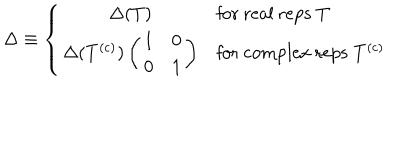
\Delta \equiv \left\{ \begin{array} { c l } { { \Delta ( T ) } } & { { \mathrm { f o r ~ r e a l ~ r e p s } \; T } } \\ { { \Delta ( T ^ { \mathrm { ( c ) } } ) \left( \begin{array} { c c } { { 1 } } & { { 0 } } \\ { { 0 } } & { { 1 } } \\ \end{array} \right) } } & { { \mathrm { f o r ~ c o m p l e x ~ r e p s } \; T ^ { \mathrm { ( c ) } } } } \\ \end{array} \right.